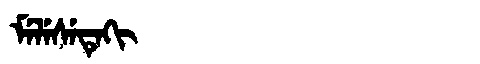
Manchu: ᠮᡝᠯᡝᠰᡝᡨᡝᡴᡳ
Romanization: MELESETEKI